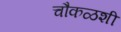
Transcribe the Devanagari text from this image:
चौकळशी